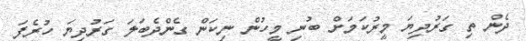
ދެން ތި ގަރުދިޔަ މީރުކަމަށް ބުނި މީހުން ނިކަން ގެންދެބަލަ ގަރުދިޔަ ހުރެފަ